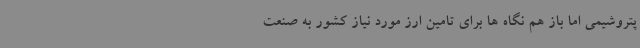
پتروشیمی اما باز هم نگاه ها برای تامین ارز مورد نیاز کشور به صنعت